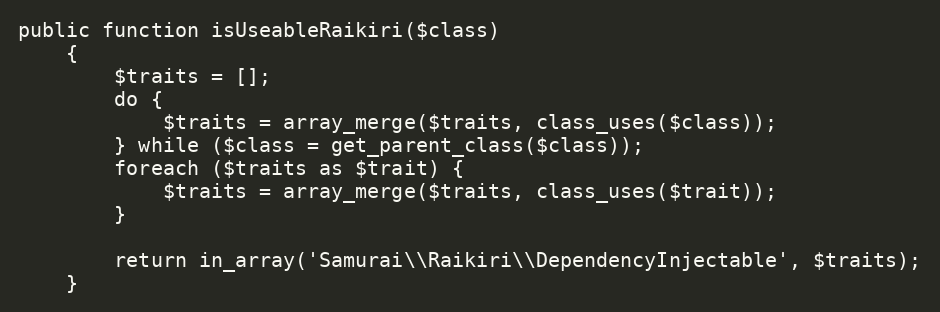
Language: PHP
public function isUseableRaikiri($class)
    {
        $traits = [];
        do {
            $traits = array_merge($traits, class_uses($class));
        } while ($class = get_parent_class($class));
        foreach ($traits as $trait) {
            $traits = array_merge($traits, class_uses($trait));
        }

        return in_array('Samurai\\Raikiri\\DependencyInjectable', $traits);
    }